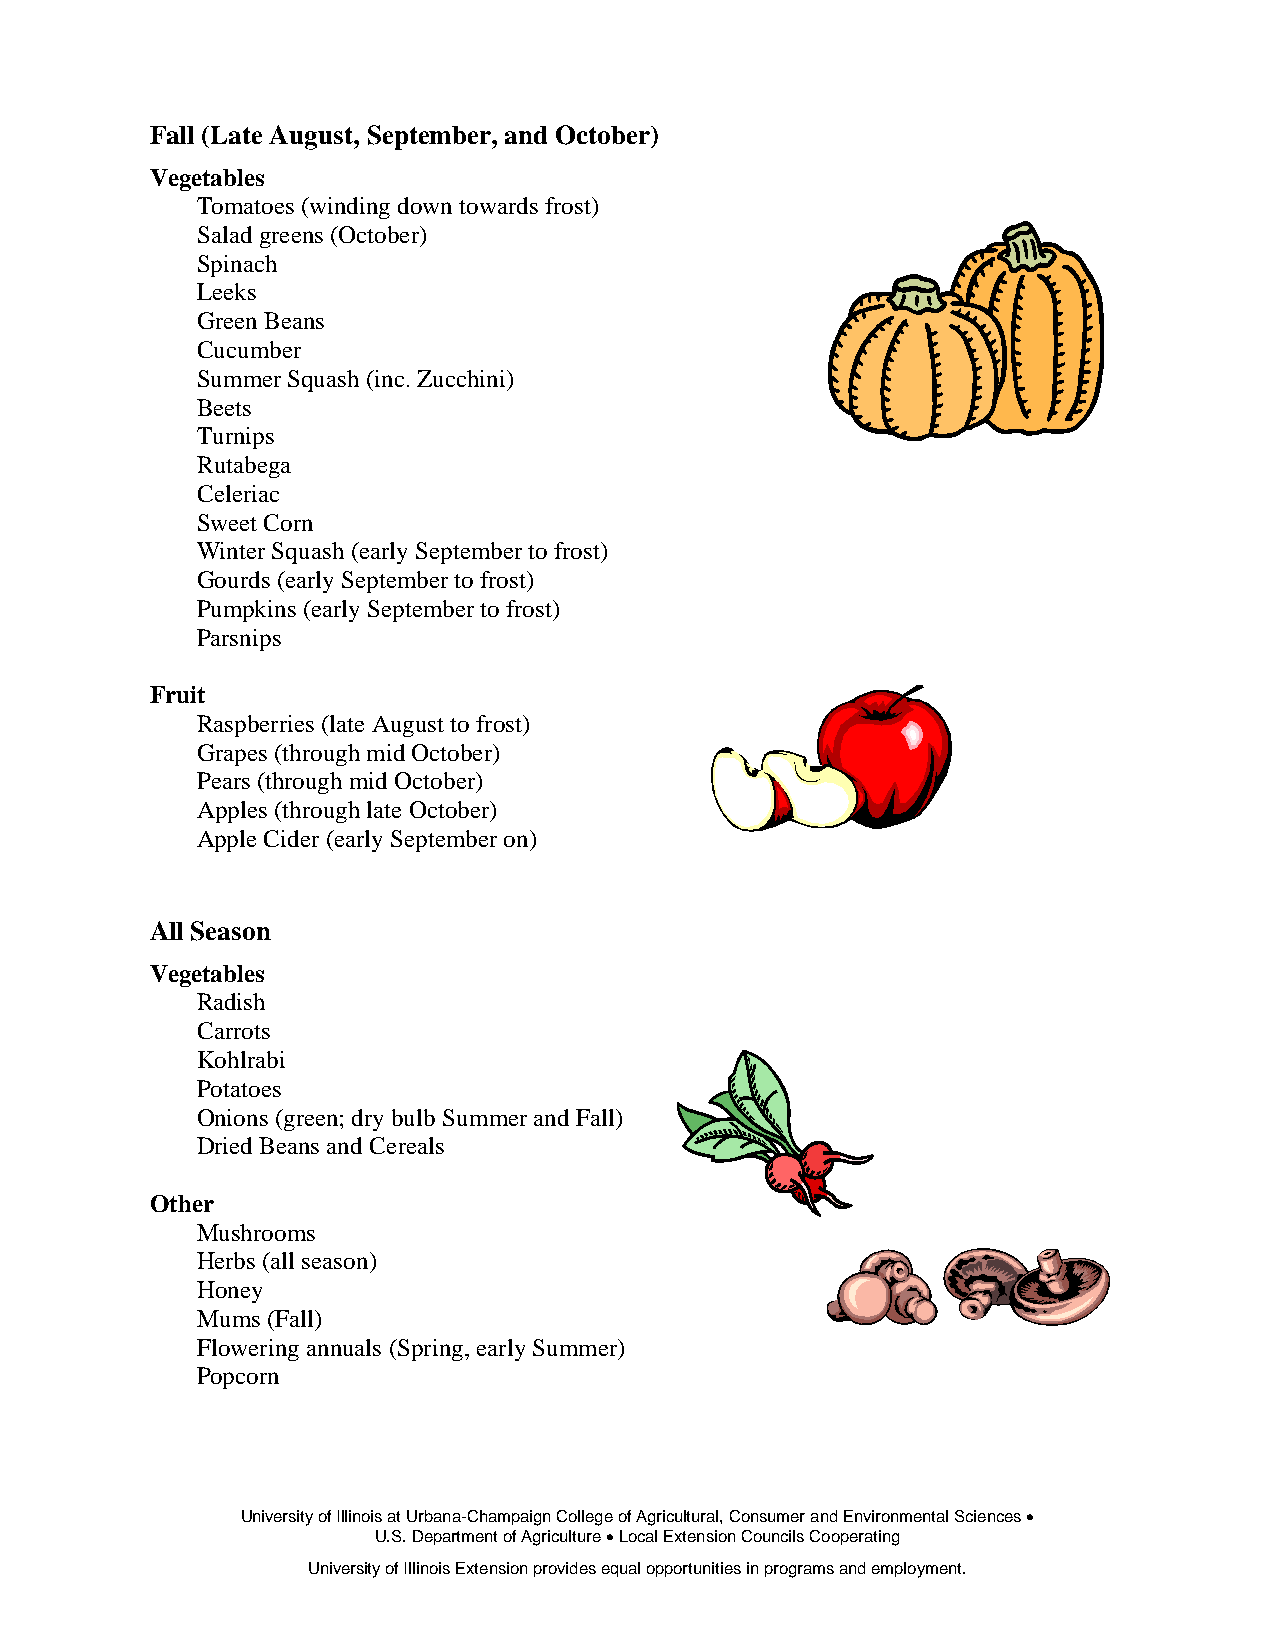
Fall (Late August, September, and October)
 Vegetables
 Tomatoes (winding down towards frost)
 Salad greens (October)
 Spinach
 Leeks
 Green Beans
 Cucumber
 Summer Squash (inc. Zucchini)
 Beets
 Turnips
 Rutabega
 Celeriac
 Sweet Corn
 Winter Squash (early September to frost)
 Gourds (early September to frost)
 Pumpkins (early September to frost)
 Parsnips
 Fruit
 Raspberries (late August to frost)
 Grapes (through mid October)
 Pears (through mid October)
 Apples (through late October)
 Apple Cider (early September on)
 All Season
 Vegetables
 Radish
 Carrots
 Kohlrabi
 Potatoes
 Onions (green; dry bulb Summer and Fall)
 Dried Beans and Cereals
 Other
 Mushrooms
 Herbs (all season)
 Honey
 Mums (Fall)
 Flowering annuals (Spring, early Summer)
 Popcorn
 University of Illinois at Urbana-Champaign College of Agricultural, Consumer and Environmental Sciences •
 U.S. Department of Agriculture • Local Extension Councils Cooperating
 University of Illinois Extension provides equal opportunities in programs and employment.